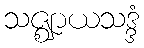
သဇ္ဈာယသဒ္ဒံ